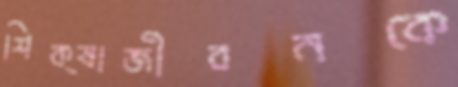
শিক্ষাজীবনকে